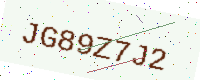
Text: JG89Z7J2